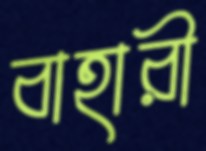
বাহারী